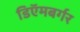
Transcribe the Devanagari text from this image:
डिऍमबर्गर